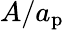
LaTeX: A/a_{\mathrm{p}}